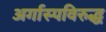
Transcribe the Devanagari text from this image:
अर्गास्पविरुद्ध